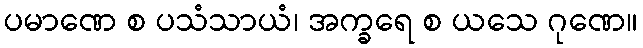
ပမာဏေ စ ပသံသာယံ၊ အက္ခရေ စ ယသေ ဂုဏေ။